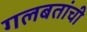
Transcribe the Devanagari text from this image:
गलबतांची